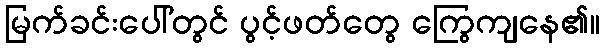
မြက်ခင်းပေါ်တွင် ပွင့်ဖတ်တွေ ကြွေကျနေ၏။